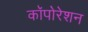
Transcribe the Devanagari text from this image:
कॉपोरेशन